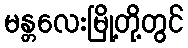
မန္တလေးမြို့တို့တွင်